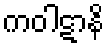
ကဝါဋာနိ